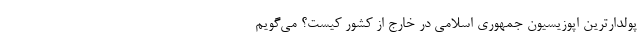
پولدارترین اپوزیسیون جمهوری اسلامی در خارج از کشور کیست؟ می‌گویم